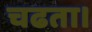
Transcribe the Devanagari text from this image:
चढता।